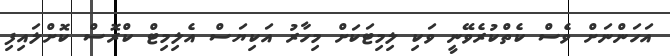
އަހަންނަށް ވެސް ކެތްކުރެވޭނީ ވަކި ލިމިޓަކަށް މިހާރު އަކިޔަސް އެލިމިޓް ކްރޮސް ކޮށްލައިފި